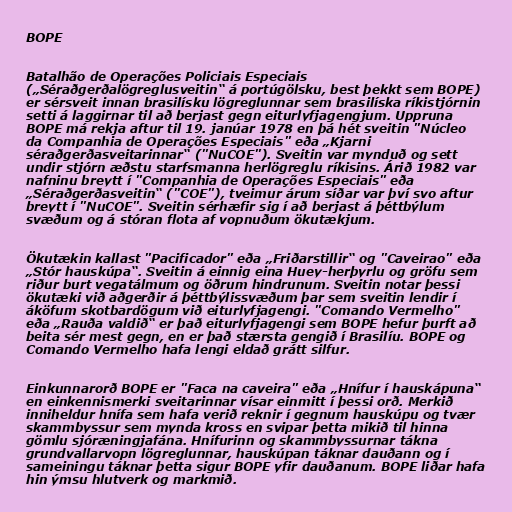
BOPE

Batalhão de Operações Policiais Especiais
(„Séraðgerðalögreglusveitin“ á portúgölsku, best þekkt sem BOPE)
er sérsveit innan brasilísku lögreglunnar sem brasilíska ríkistjórnin
setti á laggirnar til að berjast gegn eiturlyfjagengjum. Uppruna
BOPE má rekja aftur til 19. janúar 1978 en þá hét sveitin "Núcleo
da Companhia de Operações Especiais" eða „Kjarni
séraðgerðasveitarinnar“ ("NuCOE"). Sveitin var mynduð og sett
undir stjórn æðstu starfsmanna herlögreglu ríkisins. Árið 1982 var
nafninu breytt í "Companhia de Operações Especiais" eða
„Séraðgerðasveitin“ ("COE"), tveimur árum síðar var því svo aftur
breytt í "NuCOE". Sveitin sérhæfir sig í að berjast á þéttbýlum
svæðum og á stóran flota af vopnuðum ökutækjum.

Ökutækin kallast "Pacificador" eða „Friðarstillir“ og "Caveirao" eða
„Stór hauskúpa“. Sveitin á einnig eina Huey-herþyrlu og gröfu sem
riður burt vegatálmum og öðrum hindrunum. Sveitin notar þessi
ökutæki við aðgerðir á þéttbýlissvæðum þar sem sveitin lendir í
áköfum skotbardögum við eiturlyfjagengi. "Comando Vermelho"
eða „Rauða valdið“ er það eiturlyfjagengi sem BOPE hefur þurft að
beita sér mest gegn, en er það stærsta gengið í Brasilíu. BOPE og
Comando Vermelho hafa lengi eldað grátt silfur.

Einkunnarorð BOPE er "Faca na caveira" eða „Hnífur í hauskápuna“
en einkennismerki sveitarinnar vísar einmitt í þessi orð. Merkið
inniheldur hnífa sem hafa verið reknir í gegnum hauskúpu og tvær
skammbyssur sem mynda kross en svipar þetta mikið til hinna
gömlu sjóræningjafána. Hnífurinn og skammbyssurnar tákna
grundvallarvopn lögreglunnar, hauskúpan táknar dauðann og í
sameiningu táknar þetta sigur BOPE yfir dauðanum. BOPE liðar hafa
hin ýmsu hlutverk og markmið.